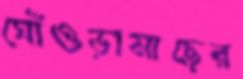
ঘোঁওড়ামাছের